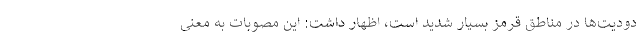
دودیت‌ها در مناطق قرمز بسیار شدید است، اظهار داشت: این مصوبات به معنی